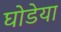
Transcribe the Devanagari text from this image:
घोडेया